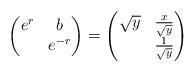
LaTeX: \begin{align*}\begin{pmatrix}e^{r} & b\\& e^{-r}\end{pmatrix}=\begin{pmatrix}\sqrt{y} & \frac{x}{\sqrt{y}}\\& \frac{1}{\sqrt{y}}\end{pmatrix}\end{align*}